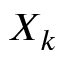
X _ { k }